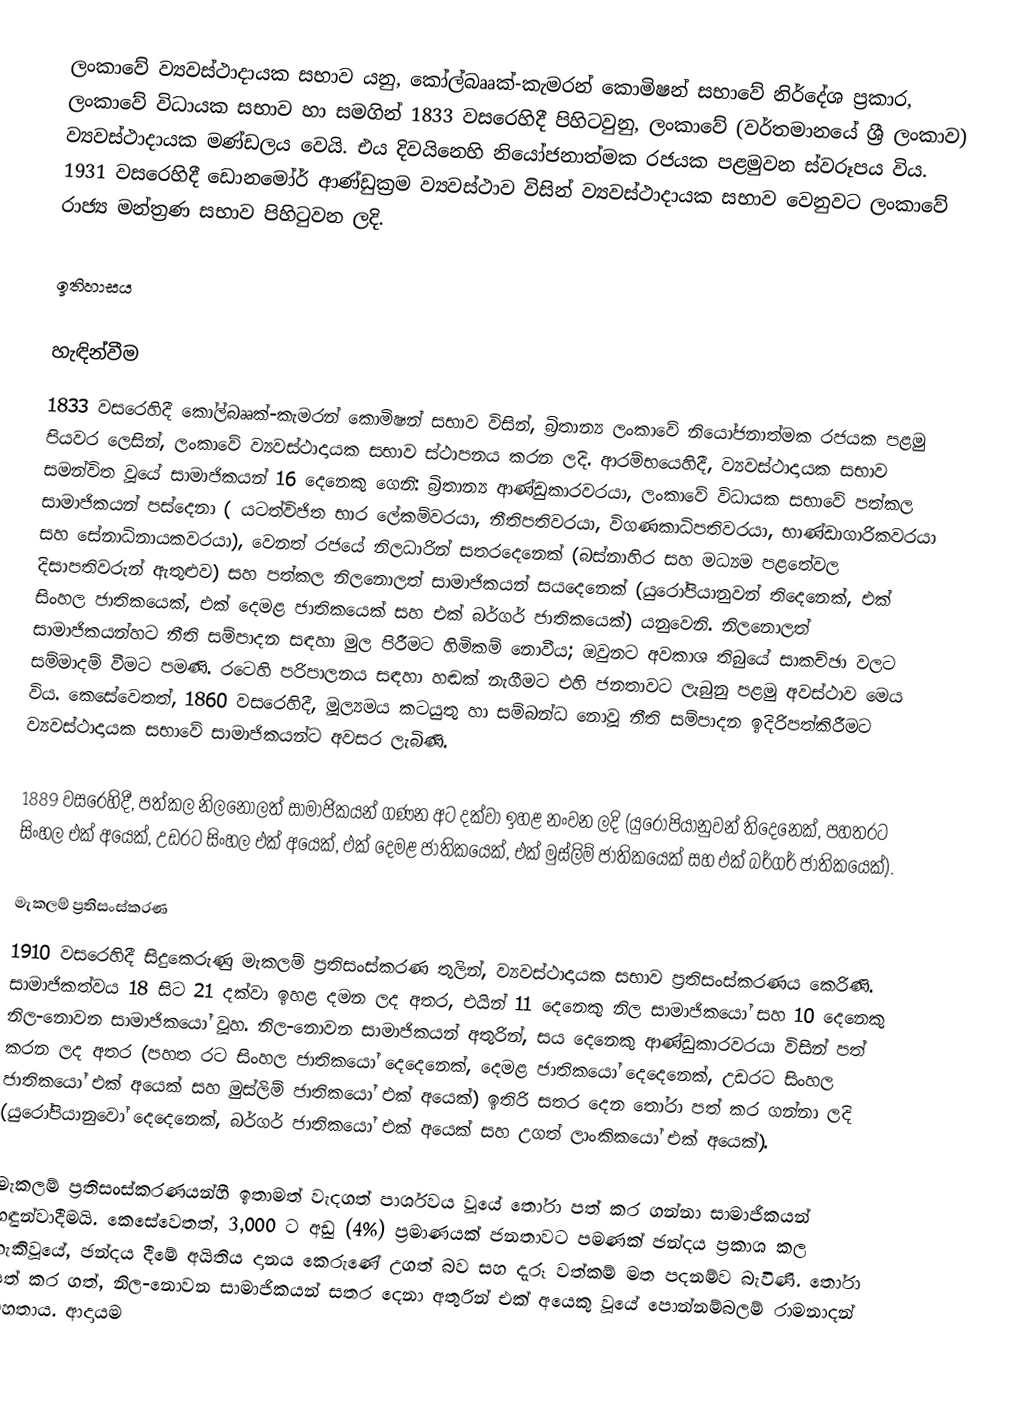
ලංකාවේ ව්‍යවස්ථාදායක සභාව යනු,   කෝල්බෲක්-කැමරන් කොමිෂන් සභාවේ නිර්දේශ ප්‍රකාර, ලංකාවේ විධායක සභාව හා සමගින් 1833 වසරෙහිදී පිහිටවුනු, ලංකාවේ (වර්තමානයේ ශ්‍රී ලංකාව) ව්‍යවස්ථාදායක මණ්ඩලය වෙයි. එය දිවයිනෙහි  නියෝජනාත්මක රජයක පළමුවන ස්වරූපය විය. 1931 වසරෙහිදී  ඩොනමෝර් ආණ්ඩුක්‍රම ව්‍යවස්ථාව  විසින් ව්‍යවස්ථාදායක සභාව වෙනුවට ලංකාවේ රාජ්‍ය මන්ත්‍රණ සභාව පිහිටුවන ලදි.

ඉතිහාසය

හැඳින්වීම
1833 වසරෙහිදී කෝල්බෲක්-කැමරන් කොමිෂන් සභාව විසින්, බ්‍රිතාන්‍ය ලංකාවේ නියෝජනාත්මක රජයක පළමු පියවර ලෙසින්, ලංකාවේ ව්‍යවස්ථාදායක සභාව ස්ථාපනය කරන ලදි. ආරම්භයෙහිදී, ව්‍යවස්ථාදායක සභාව සමන්විත වූයේ සාමාජිකයන් 16 දෙනෙකු ගෙනි: බ්‍රිතාන්‍ය ආණ්ඩුකාරවරයා, ලංකාවේ විධායක සභාවේ පත්කල සාමාජිකයන් පස්දෙනා ( යටත්විජිත භාර ලේකම්වරයා, නීතිපතිවරයා,  විගණකාධිපතිවරයා, භාණ්ඩාගාරිකවරයා සහ සේනාධිනායකවරයා), වෙනත් රජයේ නිලධාරින් සතරදෙනෙක් (බස්නාහිර සහ මධ්‍යම පළතේවල  දිසාපතිවරුන් ඇතුළුව) සහ පත්කල නිලනොලත් සාමාජිකයන් සයදෙනෙක් (යුරෝපියානුවන් තිදෙනෙක්, එක් සිංහල ජාතිකයෙක්, එක් දෙමළ ජාතිකයෙක් සහ එක් බර්ගර් ජාතිකයෙක්) යනුවෙනි. නිලනොලත් සාමාජිකයන්හට නීති සම්පාදන සඳහා මුල පිරීමට හිමිකම් නොවීය; ඔවුනට අවකාශ තිබුයේ සාකච්ඡා වලට සම්මාදම් වීමට පමණි. රටෙහි පරිපාලනය සඳහා හඬක් නැගීමට එහි ජනතාවට ලැබුනු පළමු අවස්ථාව මෙය විය. කෙසේවෙතත්, 1860 වසරෙහිදී, මූල්‍යමය කටයුතු හා සම්බන්ධ නොවූ නීති සම්පාදන ඉදිරිපත්කිරීමට ව්‍යවස්ථාදායක සභාවේ සාමාජිකයන්ට අවසර ලැබිණි.

1889 වසරෙහිදී, පත්කල නිලනොලත් සාමාජිකයන් ගණන අට දක්වා ඉහළ නංවන ලදි (යුරෝපියානුවන් තිදෙනෙක්, පහතරට සිංහල එක් අයෙක්, උඩරට සිංහල එක් අයෙක්, එක් දෙමළ ජාතිකයෙක්, එක් මුස්ලිම් ජාතිකයෙක් සහ එක් බර්ගර් ජාතිකයෙක්).

මැකලම් ප්‍රතිසංස්කරණ
1910  වසරෙහිදී සිදුකෙරුණු මැකලම් ප්‍රතිසංස්කරණ තුලින්, ව්‍යවස්ථාදායක සභාව ප්‍රතිසංස්කරණය කෙරිණි. සාමාජිකත්වය 18 සිට  21 දක්වා ඉහළ දමන ලද අතර, එයින් 11 දෙනෙකු නිල සාමාජිකයෝ සහ 10 දෙනෙකු නිල-නොවන සාමාජිකයෝ වූහ. නිල-නොවන සාමාජිකයන් අතුරින්, සය දෙනෙකු ආණ්ඩුකාරවරයා විසින් පත් කරන ලද අතර (පහත රට සිංහල ජාතිකයෝ දෙදෙනෙක්, දෙමළ ජාතිකයෝ දෙදෙනෙක්, උඩරට සිංහල ජාතිකයෝ එක් අයෙක් සහ මුස්ලිම් ජාතිකයෝ එක් අයෙක්) ඉතිරි සතර දෙන තෝරා පත් කර ගන්නා ලදි (යුරෝපියානුවෝ දෙදෙනෙක්, බර්ගර් ජාතිකයෝ එක් අයෙක් සහ  උගත් ලාංකිකයෝ එක් අයෙක්).

මැකලම් ප්‍රතිසංස්කරණයන්හී ඉතාමත් වැදගත් පාර්ශවය වූයේ තෝරා පත් කර ගන්නා සාමාජිකයන් හඳුන්වාදීමයි. කෙසේවෙතත්, 3,000 ට අඩු (4%) ප්‍රමාණයක් ජනතාවට පමණක් ඡන්දය ප්‍රකාශ කල හැකිවූයේ, ඡන්දය දීමේ අයිතිය දානය කෙරුණේ උගත් බව සහ දැරූ වත්කම් මත පදනම්ව බැවිණි. තෝරා පත් කර ගත්, නිල-නොවන සාමාජිකයන් සතර දෙනා අතුරින් එක් අයෙකු වූයේ පොන්නම්බලම් රාමනාදන් මහතාය. ආදායම